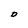
Character: D